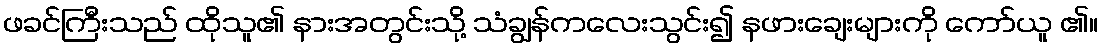
ဖခင်ကြီးသည် ထိုသူ၏ နားအတွင်းသို့ သံချွန်ကလေးသွင်း၍ နဖားချေးများကို ကော်ယူ ၏။